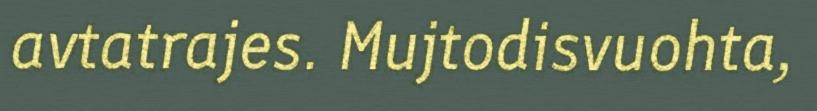
avtatrajes. Mujtodisvuohta,